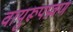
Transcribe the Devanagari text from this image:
वायुरूपप्रवण